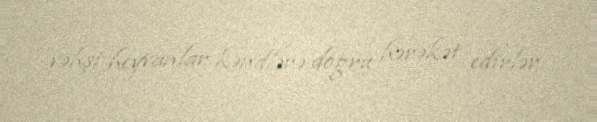
vəhşi heyvanlar kəndlərə doğru hərəkət edirlər.